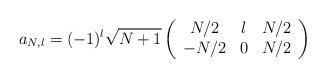
LaTeX: \begin{align*}a_{N,l}=(-1)^l\sqrt{N+1}\left(\begin{array}{ccc} N/2 & l& N/2\\ -N/2& 0& N/2 \end{array} \right)\end{align*}